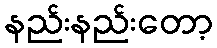
နည်းနည်းတော့